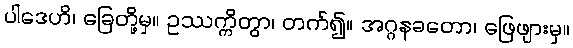
ပါဒေဟိ၊ ခြေတို့မှ။ ဥဿက္ကိတွာ၊ တက်၍။ အဂ္ဂနခတော၊ ဖြေဖျားမှ။